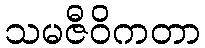
သမဇီဝိကတာ